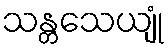
သန္တသေယျုံ